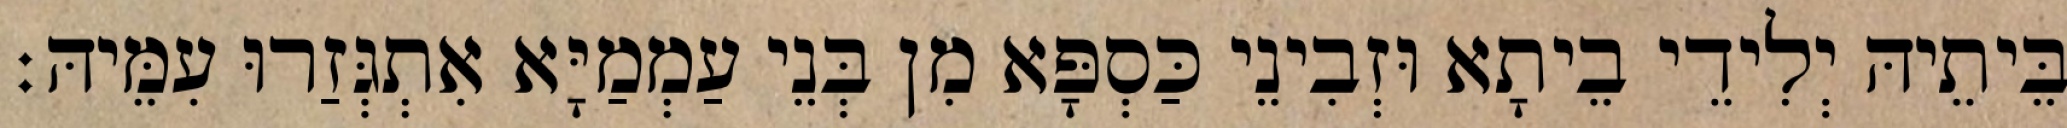
בֵּיתֵיהּ יְלִידֵי בֵיתָא וּזְבִינֵי כַּסְפָּא מִן בְּנֵי עַמְמַיָּא אִתְגְּזַרוּ עִמֵּיהּ׃